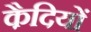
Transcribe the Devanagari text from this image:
कै़दियों